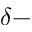
\delta -